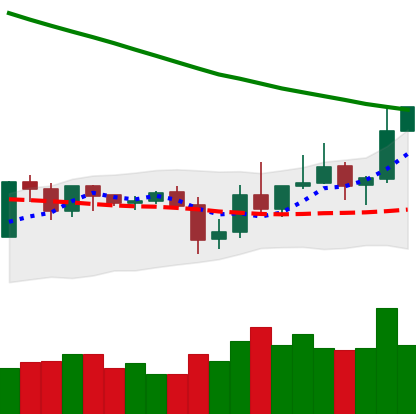
Ticker: XLM-USD
Chart end date: 2019-11-02
Forward return: 5.262%
Label: up_5_7